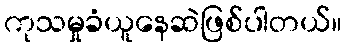
ကုသမှုခံယူနေဆဲဖြစ်ပါတယ်။